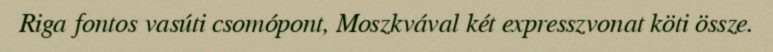
Riga fontos vasúti csomópont, Moszkvával két expresszvonat köti össze.